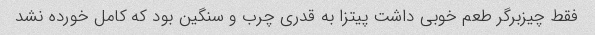
فقط چیزبرگر طعم خوبی داشت پیتزا به قدری چرب و سنگین بود که کامل خورده نشد